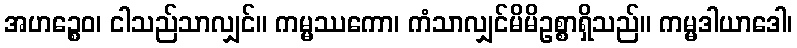
အဟဉ္စေဝ၊ ငါသည်သာလျှင်။ ကမ္မဿကော၊ ကံသာလျှင်မိမိဥစ္စာရှိသည်။ ကမ္မဒါယာဒေါ၊